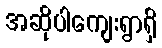
အဆိုပါကျေးရွာရှိ